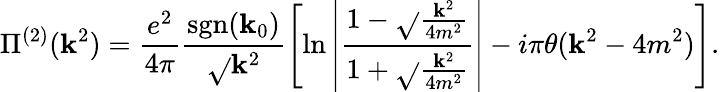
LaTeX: \Pi^{(2)}(\mathbf{k}^{2})=\frac{{e^{2}}}{{4\pi}}\frac{{\mathrm{{sgn}}(\mathbf{k}_{0})}}{{\sqrt{}{{\mathbf{k}^{2}}}}}\left[\ln\left|\frac{{1-\sqrt{}{{\frac{{\mathbf{k}^{2}}}{{4m^{2}}}}}}}{{1+\sqrt{}{{\frac{{\mathbf{k}^{2}}}{{4m^{2}}}}}}}\right|-i\pi\theta(\mathbf{k}^{2}-4m^{2})\right].